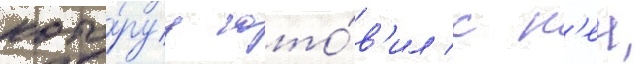
кото́руу гото́в'ил с н'еи